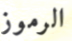
الرموز